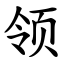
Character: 领